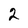
Character: 2